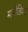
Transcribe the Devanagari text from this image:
माचेडियर